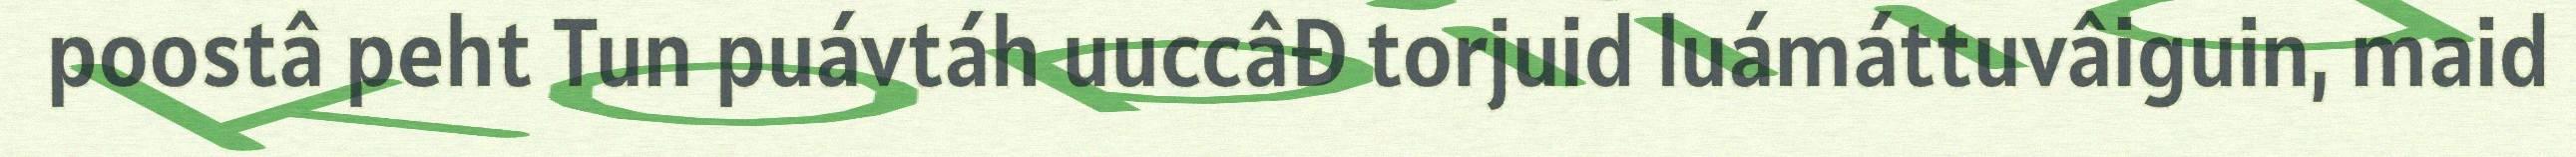
poostâ peht Tun puávtáh uuccâđ torjuid luámáttuvâiguin, maid